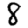
Digit: 8